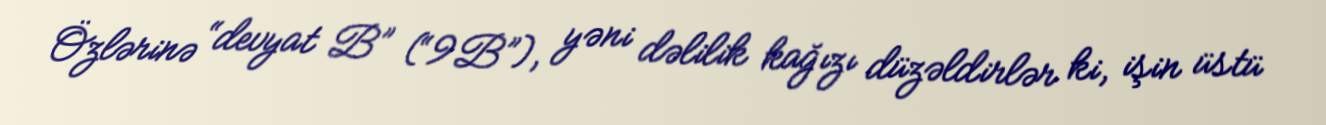
Özlərinə “devyat B” (“9B”), yəni dəlilik kağızı düzəldirlər ki, işin üstü